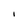
Character: i